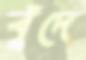
বুঁদে